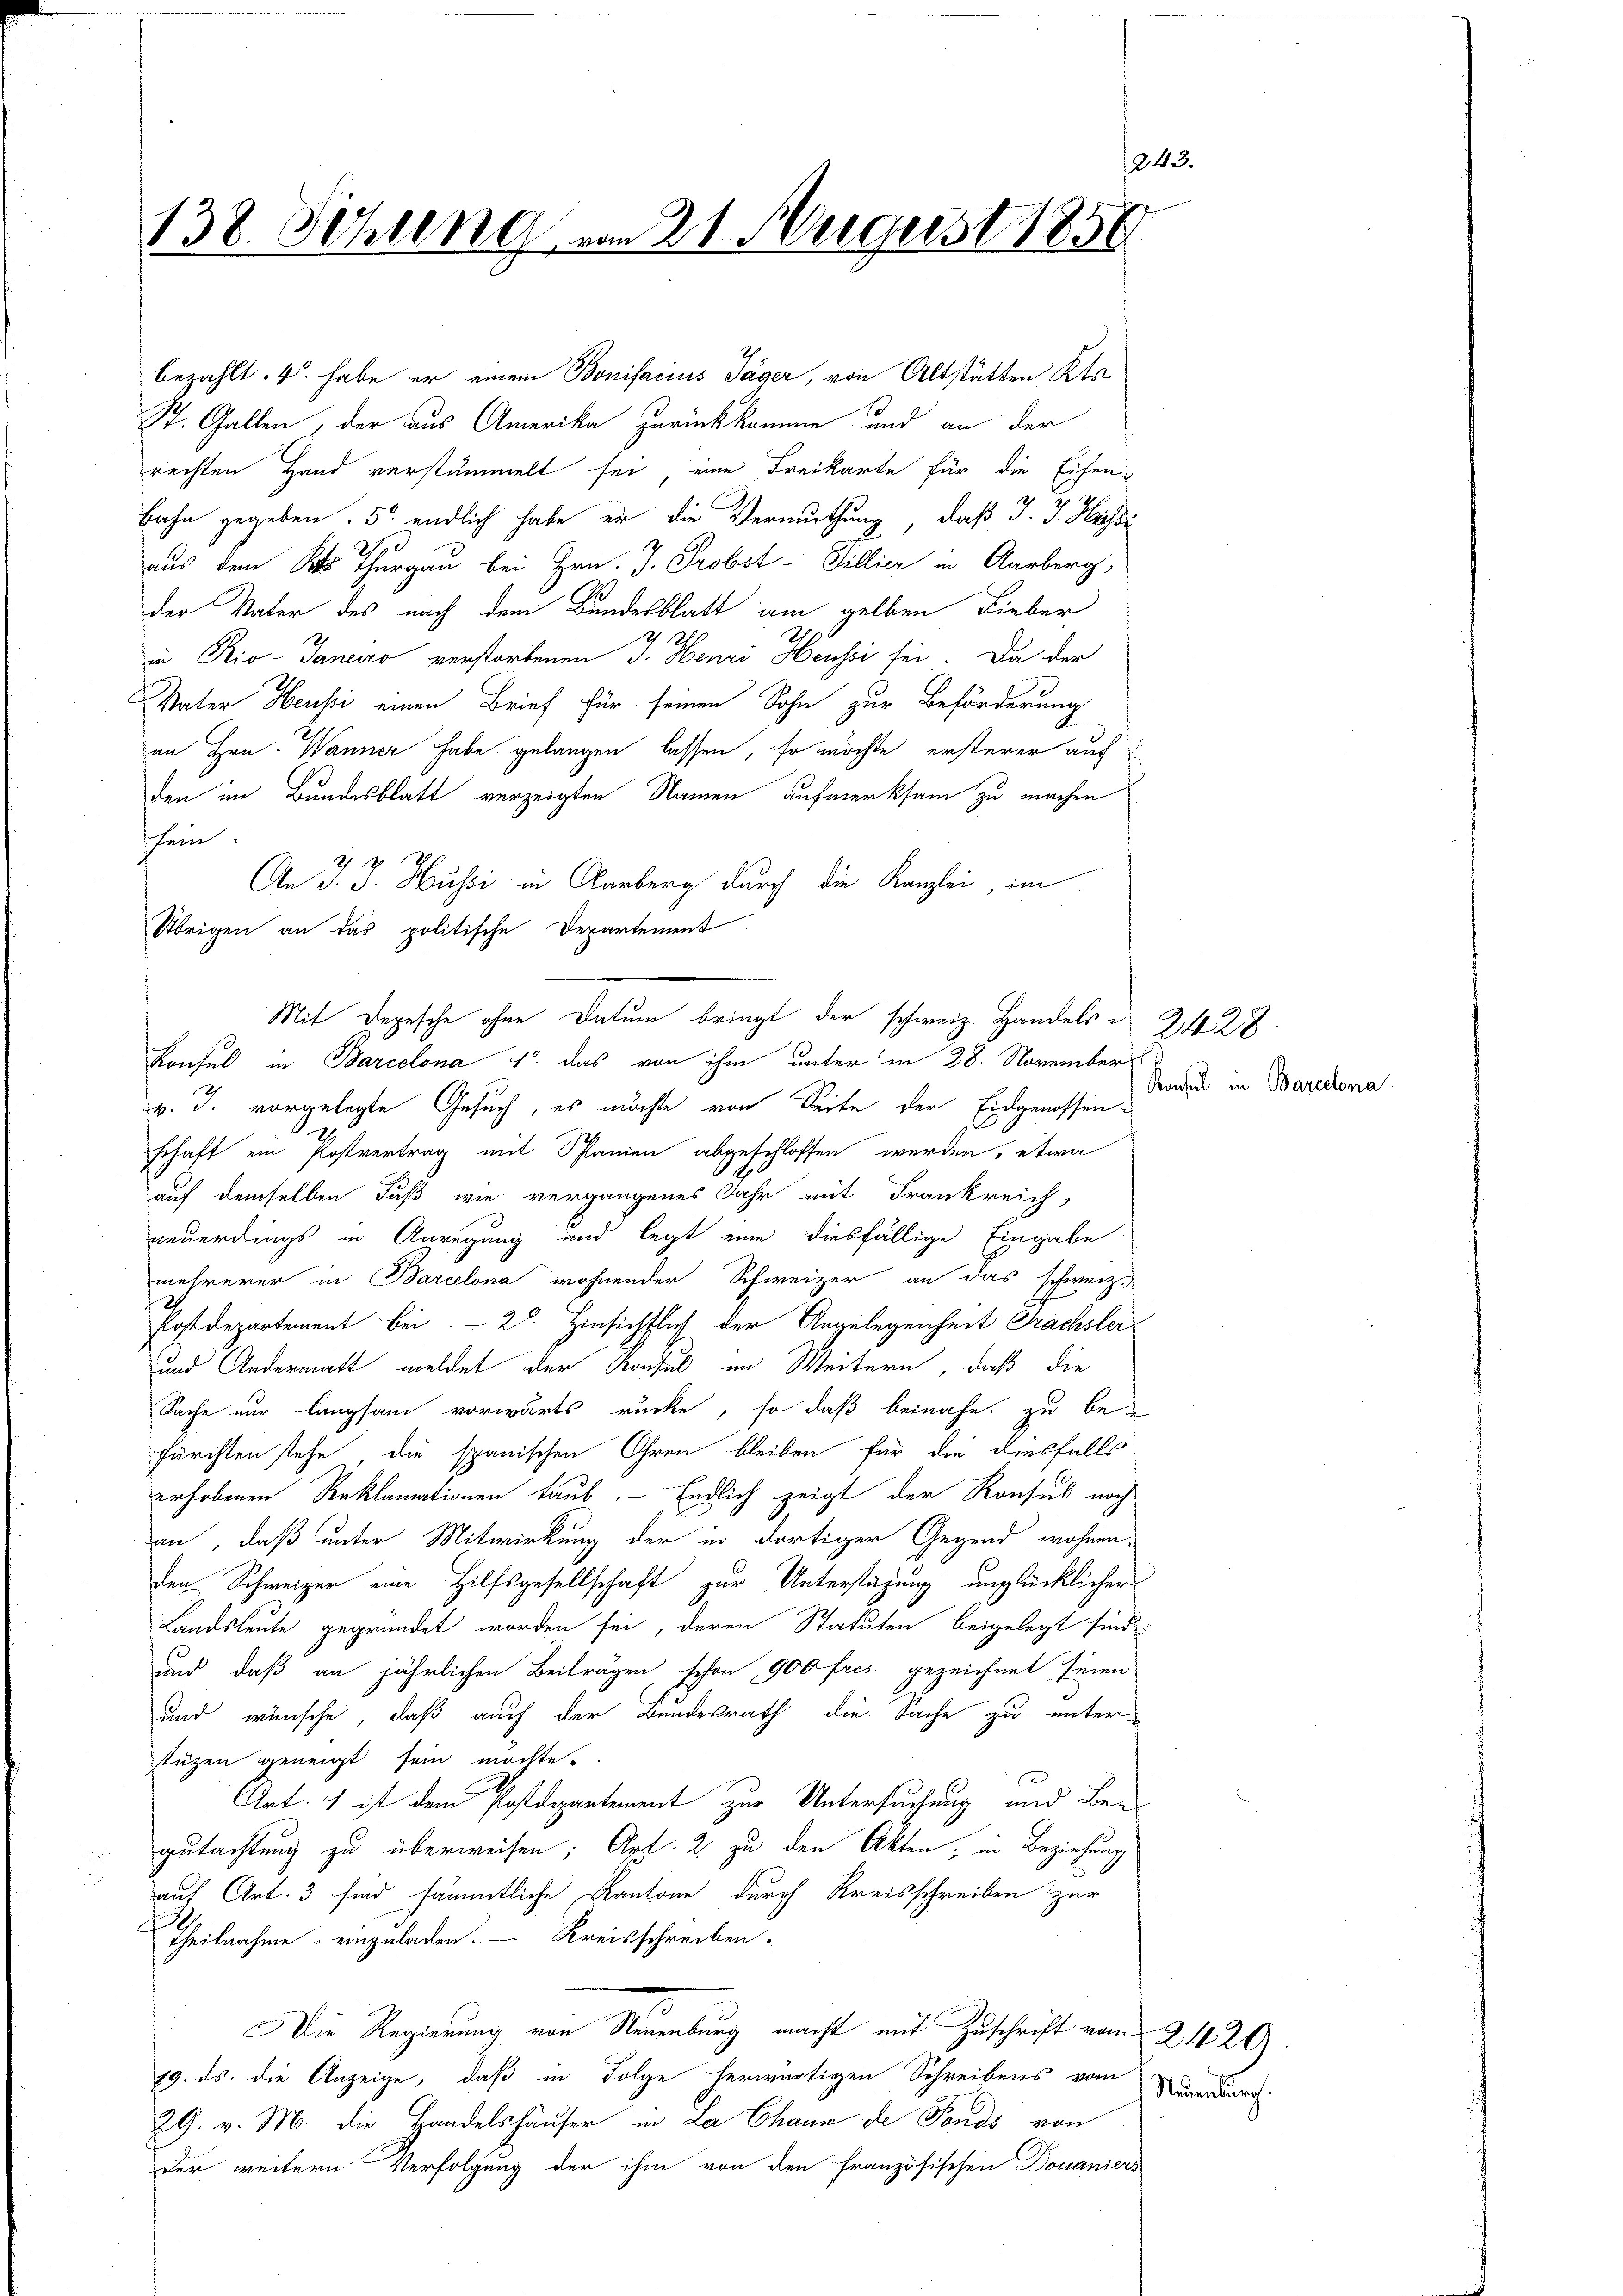
1243.
138. Sitzung vom 21. August 1850

bezahlt. 4. habe er einem Bonifacius Jäger, von Altstätten Kts
St. Gallen, der aus Amerika zurückkomme und an der
rechten Hand verstammelt sei eine Freikarte für die Eisen¬
Bahn gegeben. 5. endlich habe er die Vermuthung, daß J. J. Hassi
aus dem Kt. Thurgau bei Hrn. J. Probst - Tillier in Aarberg,
der Vater des nach dem Bundesblatt am gelben Lieber
 121.
in Rio-Janeiro verstorbenen J. Henri Heussi sei. Da der
Vater Heussi einen Brief für seinen Sohn zur Beförderung
an Hrn. Wanner habe gelangen lassen, so möchte ersterer auf
den im Bundesblatt verzeigten Namen aufmerksam zu machen
sein.
An J. J. Hussi in Aarberg durch die Kanzlei im
Übrigen an das politische Departement.
v. J. vorgelegte Gesuch, es möchte von Seite der Eidgenossenschaft ein Postvertrag mit Spanien abgeschlossen werden, etwa
auf demselben Fuß wie vergangenes Jahr mit Frankreich
neuerdings in Anregung und legt eine diesfällige Eingabe
mehrerer in Barcelona wohnender Schweizer an das schweiz.
Postdepartement bei. – 28. Hinsichtlich der Angelegenheit Frachsler
und Andermatt meldet der Konsul im Weitern, daß die
Sache nur langsam vorwärts rücke, so daß beinahe zu befürchten stehe, die spanischen Ohren bleiben für die diesfalls
erhobenen Reklamationen taub. Endlich zeigt der Konsul noch
an, daß unter Mitwirkung der in dortiger Gegend wohnen
den Schweizer eine Hilfsgesellschaft zur Unterstüzung unglücklicher
Landsleute gegründet worden sei, deren Statuten beigelegt sind.
und, daß an jährlichen Beiträgen schon 900 fres. gezeichnet seien.
und wünsche, daß auch der Bundesrath die Sache zu unter-
stüzen geneigt sein möchte.
Art. 1 ist dem Postdepartement zur Untersuchung und Begutachtung zu überweisen; App. 2 zu den Akten, in Beziehung
auf Art. 3 sind sämmtliche Kantone durch Kreisschreiben zur
A
Theilnahme einzuladen. Kreisschreiben-
DDie Regierung von Neuenburg macht mit Zuschrift vom 24. 29.
19. ds. die Anzeige, daß in Folge herwärtigen Schreibens vom Burg.
29. v. M. die Handelshäuser in La Chaux de Fonds von
der weitern Verfolgung der ihm von den französischen Domaniers

Mit Depesche ohne Datum bringt der schweiz. Handels-
Konsul in Barcelona 1. das von ihm unter in 28. November

2428
Konsul in Baredona